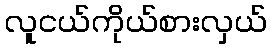
လူငယ်ကိုယ်စားလှယ်